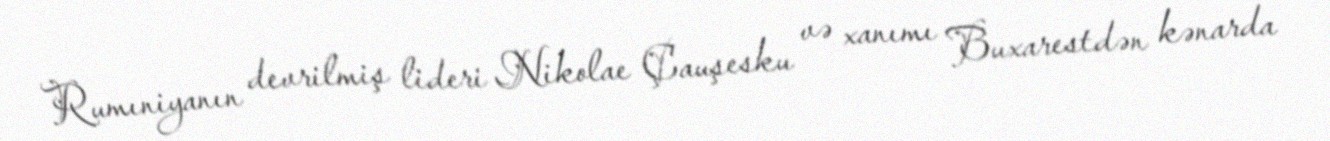
Rumıniyanın devrilmiş lideri Nikolae Çauşesku və xanımı Buxarestdən kənarda